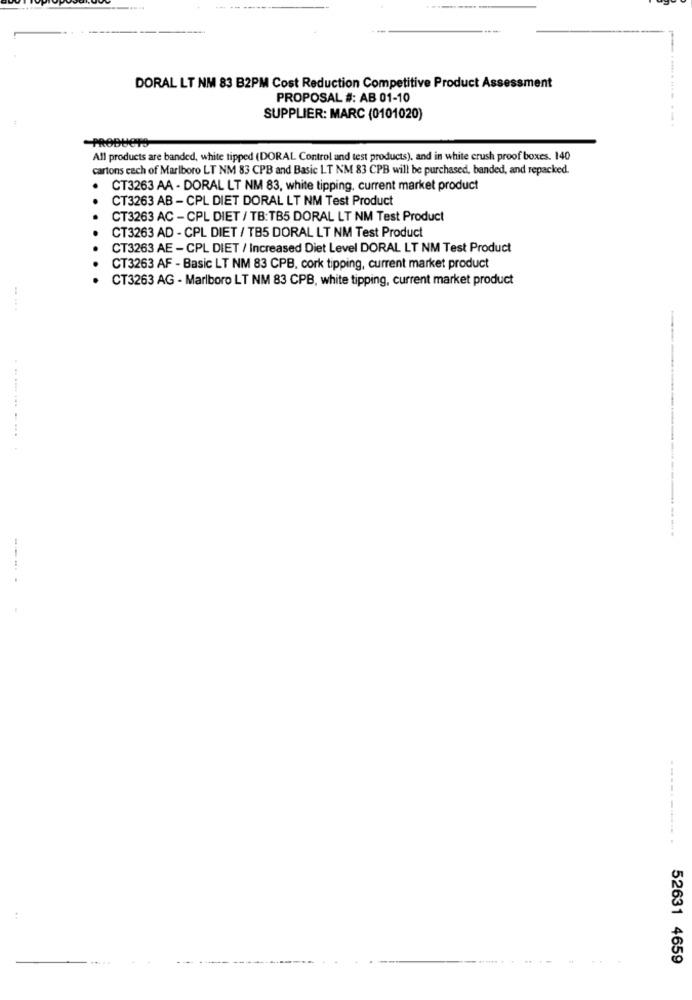
DORAL LT NM 83 B2PM Cost Reduction Competitive Product Assessment
PROPOSAL #: AB 01-10
SUPPLIER: MARC (0101020)
PRODUCTS
All products are banded, white tipped (DORAL Control and test products), and in white crush proof boxes. 140
cartons each of Marlboro LT NM 83 CPB and Basic LT NM 83 CPB will be purchased, banded, and repacked.
CT3263 AA - DORAL LT NM 83, white tipping, current market product
CT3263 AB - CPL DIET DORAL LT NM Test Product
CT3263 AC - CPL DIET / TB:TB5 DORAL LT NM Test Product
CT3263 AD - CPL DIET / TB5 DORAL LT NM Test Product
CT3263 AE - CPL DIET / Increased Diet Level DORAL LT NM Test Product
CT3263 AF - Basic LT NM 83 CPB, cork tipping, current market product
CT3263 AG - Marlboro LT NM 83 CPB, white tipping, current market product
----- -......
52631 4659